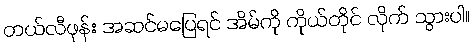
တယ်လီဖုန်း အဆင်မပြေရင် အိမ်ကို ကိုယ်တိုင် လိုက် သွားပါ။